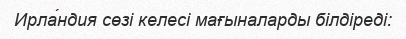
Ирла́ндия сөзі келесі мағыналарды білдіреді: